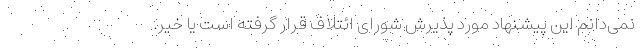
نمی‌دانم این پیشنهاد مورد پذیرش شورای ائتلاف قرار گرفته است یا خیر.